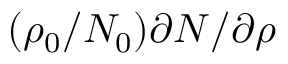
( \rho _ { 0 } / N _ { 0 } ) \partial N / \partial \rho